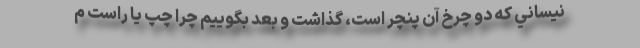
نيساني كه دو چرخ آن پنچر است، گذاشت و بعد بگوييم چرا چپ يا راست م